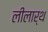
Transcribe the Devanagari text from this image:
लीलार्थ